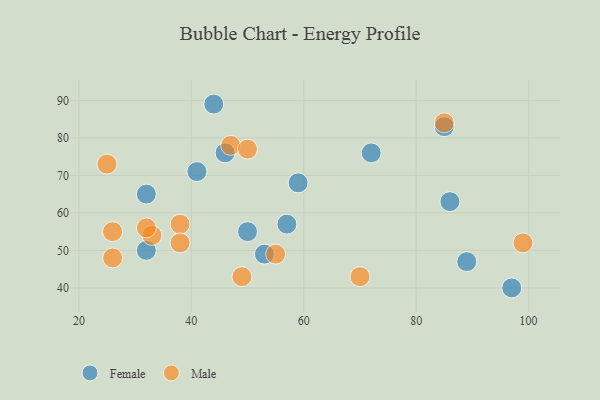
{"axis": {"x": "GDP", "y": "Life Expectancy"}, "legend": ["Female", "Male"], "data": [{"x": "32", "y": 65, "type": "Female"}, {"x": "32", "y": 50, "type": "Female"}, {"x": "46", "y": 76, "type": "Female"}, {"x": "50", "y": 55, "type": "Female"}, {"x": "85", "y": 83, "type": "Female"}, {"x": "72", "y": 76, "type": "Female"}, {"x": "89", "y": 47, "type": "Female"}, {"x": "53", "y": 49, "type": "Female"}, {"x": "44", "y": 89, "type": "Female"}, {"x": "86", "y": 63, "type": "Female"}, {"x": "97", "y": 40, "type": "Female"}, {"x": "41", "y": 71, "type": "Female"}, {"x": "59", "y": 68, "type": "Female"}, {"x": "57", "y": 57, "type": "Female"}, {"x": "99", "y": 52, "type": "Male"}, {"x": "33", "y": 54, "type": "Male"}, {"x": "32", "y": 56, "type": "Male"}, {"x": "25", "y": 73, "type": "Male"}, {"x": "70", "y": 43, "type": "Male"}, {"x": "38", "y": 57, "type": "Male"}, {"x": "49", "y": 43, "type": "Male"}, {"x": "85", "y": 84, "type": "Male"}, {"x": "47", "y": 78, "type": "Male"}, {"x": "26", "y": 55, "type": "Male"}, {"x": "55", "y": 49, "type": "Male"}, {"x": "38", "y": 52, "type": "Male"}, {"x": "50", "y": 77, "type": "Male"}, {"x": "26", "y": 48, "type": "Male"}]}